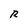
Character: R